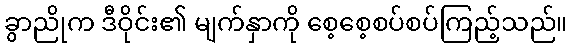
ခွာညိုက ဒီဝိုင်း၏ မျက်နှာကို စေ့စေ့စပ်စပ်ကြည့်သည်။